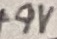
Text: +9V